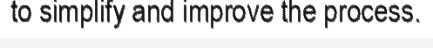
to simplify and improve the process.